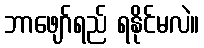
ဘာဖျော်ရည် ရနိုင်မလဲ။